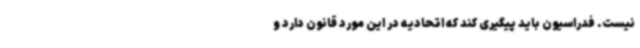
نیست. فدراسیون باید پیگیری کند که اتحادیه در این مورد قانون دارد و